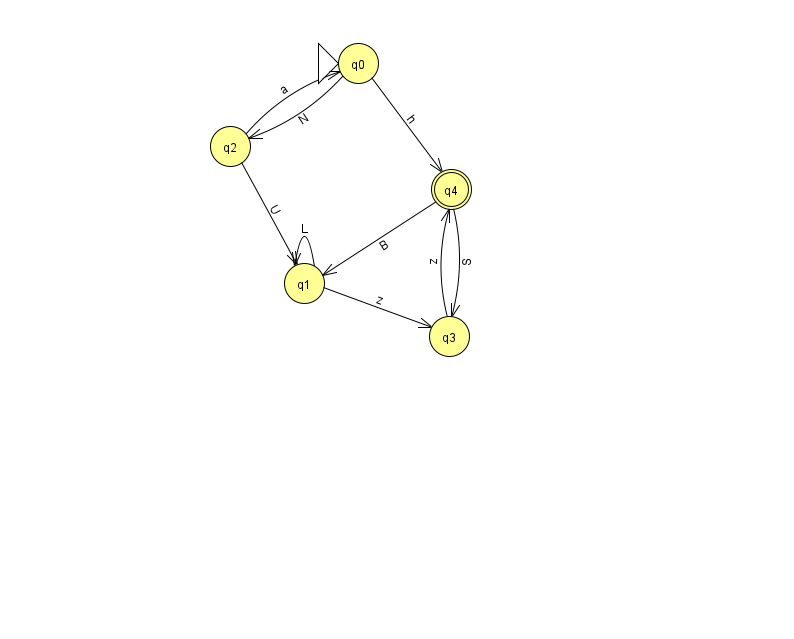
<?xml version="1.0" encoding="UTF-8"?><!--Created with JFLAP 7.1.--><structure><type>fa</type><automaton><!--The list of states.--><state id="0" name="q0"><x>358.0</x><y>50.0</y><initial/></state><state id="1" name="q1"><x>304.0</x><y>270.0</y></state><state id="2" name="q2"><x>230.0</x><y>133.0</y></state><state id="3" name="q3"><x>449.0</x><y>323.0</y></state><state id="4" name="q4"><x>451.0</x><y>176.0</y><final/></state><!--The list of transitions.--><transition><from>2</from><to>0</to><read>a</read></transition><transition><from>4</from><to>1</to><read>B</read></transition><transition><from>0</from><to>4</to><read>h</read></transition><transition><from>4</from><to>3</to><read>S</read></transition><transition><from>2</from><to>1</to><read>U</read></transition><transition><from>1</from><to>1</to><read>L</read></transition><transition><from>0</from><to>2</to><read>N</read></transition><transition><from>1</from><to>3</to><read>z</read></transition><transition><from>3</from><to>4</to><read>z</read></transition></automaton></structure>